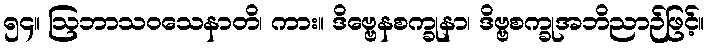
၅၄။ ဩဘာသဝသေနာတိ၊ ကား။ ဒိဗ္ဗေနစက္ခုနာ၊ ဒိဗ္ဗစက္ခုအဘိညာဉ်ဖြင့်။